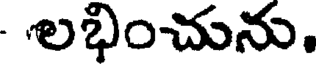
- లభించును.